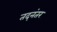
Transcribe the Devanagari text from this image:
तद्‌नंतर